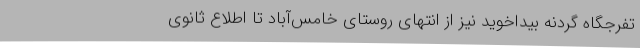
تفرجگاه گردنه بیداخوید نیز از انتهای روستای خامس‌آباد تا اطلاع ثانوی